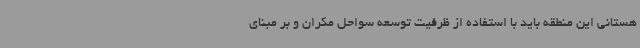
هستانی این منطقه باید با استفاده از ظرفیت توسعه سواحل مکران و بر مبنای